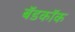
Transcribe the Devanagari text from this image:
बॅडकॉक